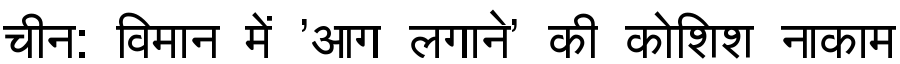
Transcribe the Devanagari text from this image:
चीन: विमान में 'आग लगाने' की कोशिश नाकाम